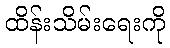
ထိန်းသိမ်းရေးကို